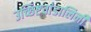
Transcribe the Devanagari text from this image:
उच्छिष्टचांडालिनी